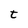
Character: t